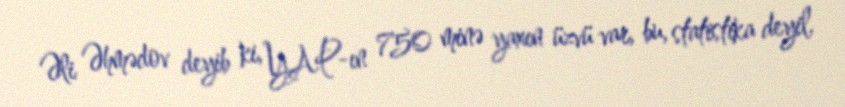
Əli Əhmədov deyib ki, YAP-ın 750 minə yaxın üzvü var, bu, statistika deyil,